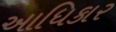
આધિકાર